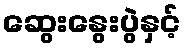
ဆွေးနွေးပွဲနှင့်